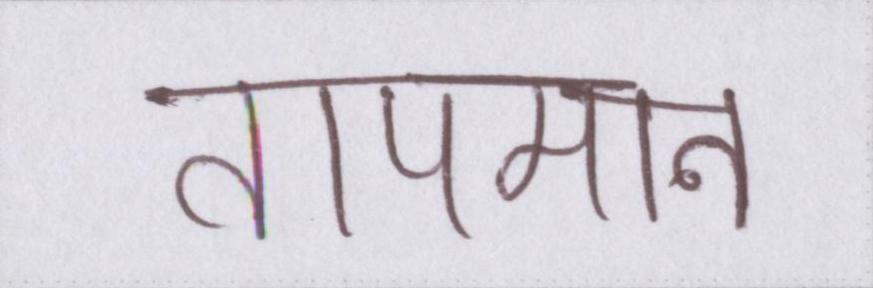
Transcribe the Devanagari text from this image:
तापमान